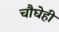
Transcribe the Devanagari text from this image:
चौघेही